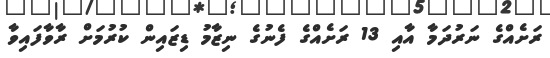
ރަށެއްގެ ނަރުދަމާ އާއި 13 ރަށެއްގެ ފެނުގެ ނިޒާމު ޑިޒައިން ކުރުމަށް ރާވާފައިވާ